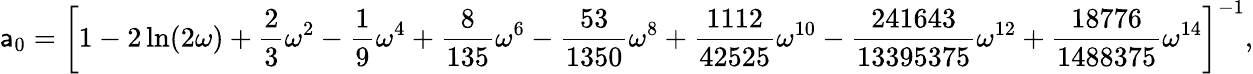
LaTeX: \mathsf{a}_{0}=\left[1-2\ln(2\omega)+\frac{{2}}{{3}}\omega^{2}-\frac{{1}}{{9}}\omega^{4}+\frac{{8}}{{135}}\omega^{6}-\frac{{53}}{{1350}}\omega^{8}+\frac{{1112}}{{42525}}\omega^{10}-\frac{{241643}}{{13395375}}\omega^{12}+\frac{{18776}}{{1488375}}\omega^{14}\right]^{-1},